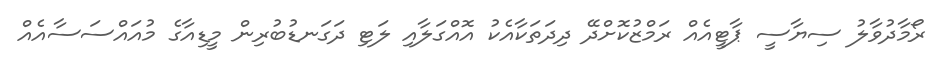
ރޯމާދުވާލު ސިޔާސީ ޕާޓީއެއް ރަމްޒުކޮށްދޭ ދިދަތަކާއެކު އޮއްގަލާއި ލަޓި ދަގަނޑުބުރިން މީޑިއާގެ މުއައްސަސާއެއް